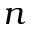
n